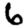
Digit: 6